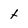
Character: t